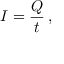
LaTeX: I = { \frac { Q } { t } } \, ,